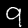
Digit: 9